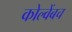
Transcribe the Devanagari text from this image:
कोल्वेंबच